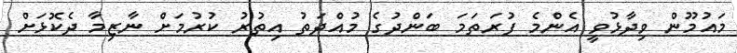
މައުމޫން ވިދާޅުވީ އެންމެ ފުރަތަމަ ބަންދުގެ މުއްދަތު އިތުރު ކުރުމަށް ނާޒިމާ ދެކޮޅަށް